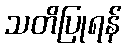
သတိပြုရန်